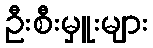
ဦးစီးမှူးများ